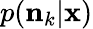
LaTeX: p(\mathbf{n}_{k}\vert\mathbf{x})